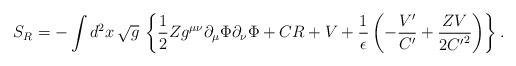
LaTeX: \begin{align*}S_R = - \int d^2x\,\sqrt{g}\,\left\{ \frac{1}{2} Zg^{\mu\nu}\partial_\mu \Phi \partial_\nu \Phi + CR +V +\frac{1}{\epsilon}\left( - \frac{V'}{C'} + \frac{ZV}{2{C'}^2} \right) \right\}.\end{align*}